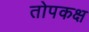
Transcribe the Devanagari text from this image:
तोपकक्ष